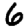
Digit: 6